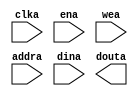
module ram_8x512(
  clka,
  ena,
  wea,
  addra,
  dina,
  douta
);

input clka;
input ena;
input [0 : 0] wea;
input [8 : 0] addra;
input [7 : 0] dina;
output [7 : 0] douta;

// synthesis translate_off

  BLK_MEM_GEN_V6_2 #(
    .C_ADDRA_WIDTH(9),
    .C_ADDRB_WIDTH(9),
    .C_ALGORITHM(1),
    .C_AXI_ID_WIDTH(4),
    .C_AXI_SLAVE_TYPE(0),
    .C_AXI_TYPE(1),
    .C_BYTE_SIZE(9),
    .C_COMMON_CLK(0),
    .C_DEFAULT_DATA("0"),
    .C_DISABLE_WARN_BHV_COLL(0),
    .C_DISABLE_WARN_BHV_RANGE(0),
    .C_FAMILY("spartan6"),
    .C_HAS_AXI_ID(0),
    .C_HAS_ENA(1),
    .C_HAS_ENB(0),
    .C_HAS_INJECTERR(0),
    .C_HAS_MEM_OUTPUT_REGS_A(0),
    .C_HAS_MEM_OUTPUT_REGS_B(0),
    .C_HAS_MUX_OUTPUT_REGS_A(0),
    .C_HAS_MUX_OUTPUT_REGS_B(0),
    .C_HAS_REGCEA(0),
    .C_HAS_REGCEB(0),
    .C_HAS_RSTA(0),
    .C_HAS_RSTB(0),
    .C_HAS_SOFTECC_INPUT_REGS_A(0),
    .C_HAS_SOFTECC_OUTPUT_REGS_B(0),
    .C_INIT_FILE_NAME("no_coe_file_loaded"),
    .C_INITA_VAL("0"),
    .C_INITB_VAL("0"),
    .C_INTERFACE_TYPE(0),
    .C_LOAD_INIT_FILE(0),
    .C_MEM_TYPE(0),
    .C_MUX_PIPELINE_STAGES(0),
    .C_PRIM_TYPE(1),
    .C_READ_DEPTH_A(512),
    .C_READ_DEPTH_B(512),
    .C_READ_WIDTH_A(8),
    .C_READ_WIDTH_B(8),
    .C_RST_PRIORITY_A("CE"),
    .C_RST_PRIORITY_B("CE"),
    .C_RST_TYPE("SYNC"),
    .C_RSTRAM_A(0),
    .C_RSTRAM_B(0),
    .C_SIM_COLLISION_CHECK("ALL"),
    .C_USE_BYTE_WEA(0),
    .C_USE_BYTE_WEB(0),
    .C_USE_DEFAULT_DATA(0),
    .C_USE_ECC(0),
    .C_USE_SOFTECC(0),
    .C_WEA_WIDTH(1),
    .C_WEB_WIDTH(1),
    .C_WRITE_DEPTH_A(512),
    .C_WRITE_DEPTH_B(512),
    .C_WRITE_MODE_A("WRITE_FIRST"),
    .C_WRITE_MODE_B("WRITE_FIRST"),
    .C_WRITE_WIDTH_A(8),
    .C_WRITE_WIDTH_B(8),
    .C_XDEVICEFAMILY("spartan6")
  )
  inst (
    .CLKA(clka),
    .ENA(ena),
    .WEA(wea),
    .ADDRA(addra),
    .DINA(dina),
    .DOUTA(douta),
    .RSTA(),
    .REGCEA(),
    .CLKB(),
    .RSTB(),
    .ENB(),
    .REGCEB(),
    .WEB(),
    .ADDRB(),
    .DINB(),
    .DOUTB(),
    .INJECTSBITERR(),
    .INJECTDBITERR(),
    .SBITERR(),
    .DBITERR(),
    .RDADDRECC(),
    .S_ACLK(),
    .S_ARESETN(),
    .S_AXI_AWID(),
    .S_AXI_AWADDR(),
    .S_AXI_AWLEN(),
    .S_AXI_AWSIZE(),
    .S_AXI_AWBURST(),
    .S_AXI_AWVALID(),
    .S_AXI_AWREADY(),
    .S_AXI_WDATA(),
    .S_AXI_WSTRB(),
    .S_AXI_WLAST(),
    .S_AXI_WVALID(),
    .S_AXI_WREADY(),
    .S_AXI_BID(),
    .S_AXI_BRESP(),
    .S_AXI_BVALID(),
    .S_AXI_BREADY(),
    .S_AXI_ARID(),
    .S_AXI_ARADDR(),
    .S_AXI_ARLEN(),
    .S_AXI_ARSIZE(),
    .S_AXI_ARBURST(),
    .S_AXI_ARVALID(),
    .S_AXI_ARREADY(),
    .S_AXI_RID(),
    .S_AXI_RDATA(),
    .S_AXI_RRESP(),
    .S_AXI_RLAST(),
    .S_AXI_RVALID(),
    .S_AXI_RREADY(),
    .S_AXI_INJECTSBITERR(),
    .S_AXI_INJECTDBITERR(),
    .S_AXI_SBITERR(),
    .S_AXI_DBITERR(),
    .S_AXI_RDADDRECC()
  );

// synthesis translate_on

endmodule